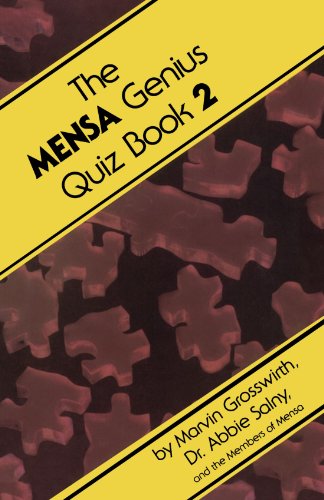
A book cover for The Mensa Genius Quiz Book 2; Marvin Grosswirth; Humor & Entertainment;